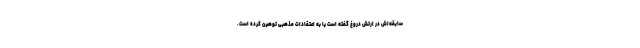
سابقه‌اش در ارتش دروغ گفته است یا به اعتقادات مذهبی توهین کرده است.